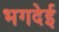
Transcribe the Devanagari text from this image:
भगदेई